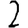
Digit: 2